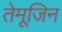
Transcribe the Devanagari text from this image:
तेमूजिन